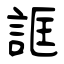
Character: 誆